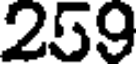
259